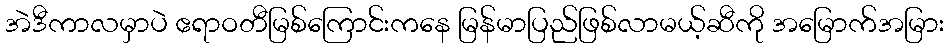
အဲဒီကာလမှာပဲ ဧရာဝတီမြစ်ကြောင်းကနေ မြန်မာပြည်ဖြစ်လာမယ့်ဆီကို အမြောက်အမြား